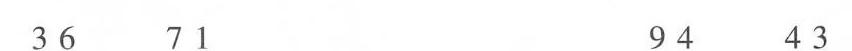
36 71 94 43